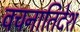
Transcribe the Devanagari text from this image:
वचनातिदेश